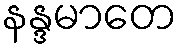
နန္ဒမာတေ